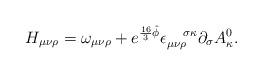
LaTeX: \begin{align*}H_{\mu \nu \rho }=\omega _{\mu \nu \rho }+e^{\frac{16}{3}\hat{\phi}}\epsilon_{\mu \nu \rho }^{\quad \sigma \kappa }\partial _{\sigma }A_{\kappa }^{0}.\end{align*}